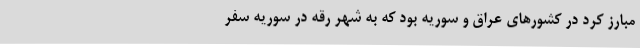
مبارز کُرد در کشورهای عراق و سوریه بود که به شهر رقه در سوریه سفر